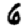
Digit: 6